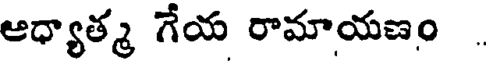
ఆధ్యాత్మ గేయ రామాయణం .